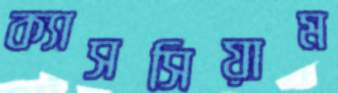
ক্যাসসিয়াম